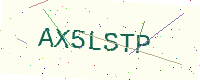
Text: AX5LSTP